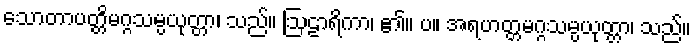
သောတာပတ္တိမဂ္ဂသမ္ပယုတ္တာ၊ သည်။ ဩဠာရိကာ၊ ၏။ ပ။ အရဟတ္တမဂ္ဂသမ္ပယုတ္တာ၊ သည်။